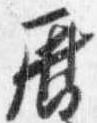
暦